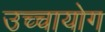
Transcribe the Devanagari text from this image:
उच्‍चायोग